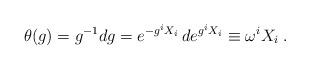
LaTeX: \begin{align*}\theta(g)=g^{-1}dg=e^{-g^i X_i}\, d e^{g^i X_i} \equiv \omega^i X_i \; .\end{align*}